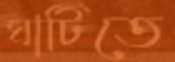
ঘাটিতে